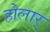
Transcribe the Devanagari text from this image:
होलार्